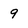
Character: 9